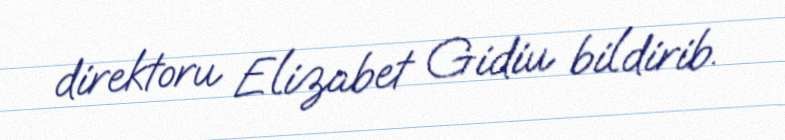
direktoru Elizabet Gidiu bildirib.